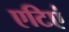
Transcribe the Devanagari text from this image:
एटिएं